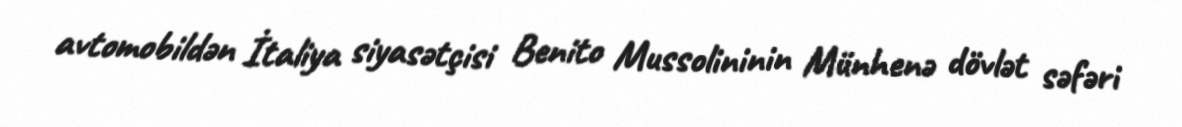
avtomobildən İtaliya siyasətçisi Benito Mussolininin Münhenə dövlət səfəri